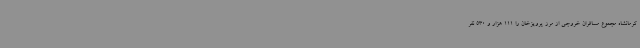
کرمانشاه مجموع مسافران خروجی از مرز پرویزخان را 111 هزار و 530 نفر